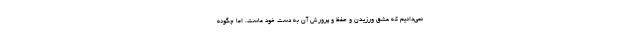
نمی‌دانیم که عشق ورزیدن و حفظ و پرورش آن به دست خود ماست. اما چگونه